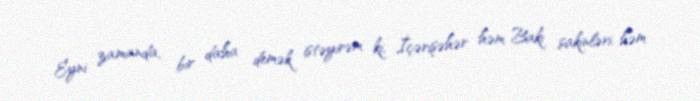
Eyni zamanda, bir daha demək istəyirəm ki, İçərişəhər həm Bakı sakinləri, həm